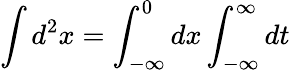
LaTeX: \int d^{2}x=\int_{-\infty}^{0}dx\int_{-\infty}^{\infty}dt